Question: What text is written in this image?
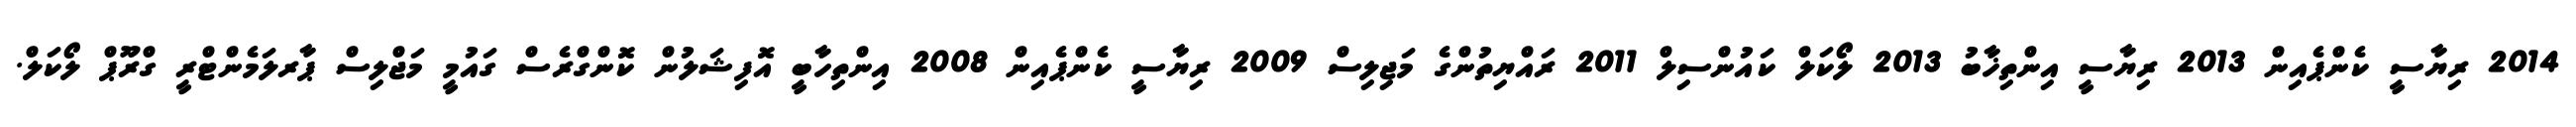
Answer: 2014 ރިޔާސީ ކެންޕެއިން 2013 ރިޔާސީ އިންތިޚާބު 2013 ލޯކަލް ކައުންސިލް 2011 ރައްޔިތުންގެ މަޖިލިސް 2009 ރިޔާސީ ކެންޕެއިން 2008 އިންތިހާބީ އޮފިޝަލުން ކޮންގްރެސް ގައުމީ މަޖްލިސް ޕާރލަމެންޓްރީ ގްރޫޕް ލޯކަލް.